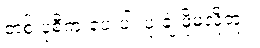
တစ် ပုံစီကူးပေးပါ၊ ပုံ ချဲ့ဖို့မလိုဘူး။